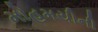
મોહમયીની